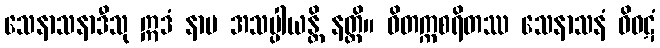
သေနာသနာဒီသု ဣဒံ နာမ အသပ္ပါယန္တိ နတ္ထိ။ ဝိတက္ကစရိတဿ သေနာသနံ ဝိဝဋံ